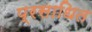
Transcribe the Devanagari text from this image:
प्रसाधित